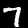
Label: 7